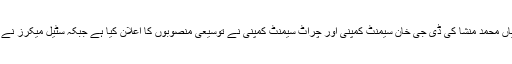
بلوم برگ کا کہنا ہے کہ ارب پتی میاں محمد منشا کی ڈی جی خان سیمنٹ کمپنی اور چراٹ سیمنٹ کمپنی نے توسیعی منصوبوں کا اعلان کیا ہے جبکہ سٹیل میکرز نے شیئرز فروخت کیلئے پیش کئے ہیں۔